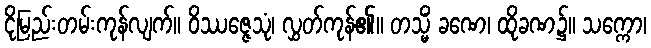
ငိုမြည်းတမ်းကုန်လျက်။ ဝိဿဇ္ဇေသုံ၊ လွှတ်ကုန်၏။ တသ္မိံ ခဏေ၊ ထိုခဏ၌။ သက္ကော၊